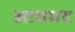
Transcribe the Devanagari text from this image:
आगमद